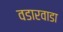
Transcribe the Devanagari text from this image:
वडारवाडा